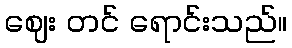
ဈေး တင် ရောင်းသည်။